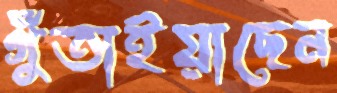
গুঁতাইয়াছেন